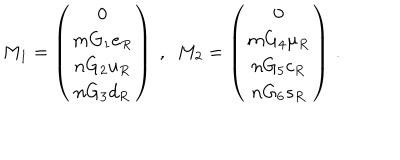
LaTeX: M _ { 1 } = \left( \begin{matrix} { { 0 } } \\ { { m G _ { 1 } e _ { R } } } \\ { { n G _ { 2 } u _ { R } } } \\ { { n G _ { 3 } d _ { R } } } \\ \end{matrix} \right) ~ , ~ ~ M _ { 2 } = \left( \begin{matrix} { { 0 } } \\ { { m G _ { 4 } \mu _ { R } } } \\ { { n G _ { 5 } c _ { R } } } \\ { { n G _ { 6 } s _ { R } } } \\ \end{matrix} \right) \, .